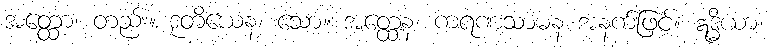
အတ္ထော၊ တည်း။ ဒုတိယေန၊ သော။ အတ္ထေန၊ ကရဏသာဓန အနက်ဖြင့်။ ဣဒ္ဓိယာ၊